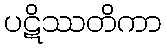
ပဋိဿတိကာ